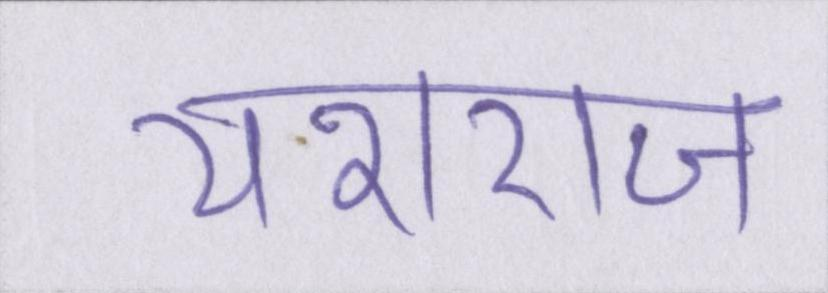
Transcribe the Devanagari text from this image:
यशराज